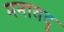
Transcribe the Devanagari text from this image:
मनावदु